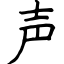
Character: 声